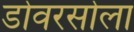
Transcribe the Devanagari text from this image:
डोवरसोला